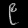
Digit: ၉